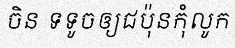
ចិន ទទូចឲ្យជប៉ុនកុំលូក